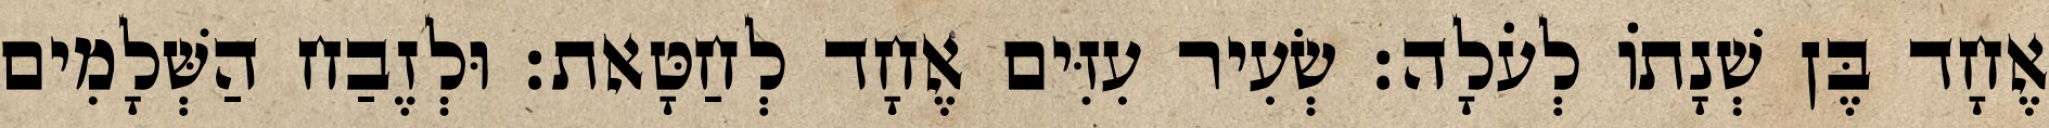
אֶחָד בֶּן שְׁנָתוֹ לְעֹלָה׃ שְׂעִיר עִזִּים אֶחָד לְחַטָּאת׃ וּלְזֶבַח הַשְּׁלָמִים